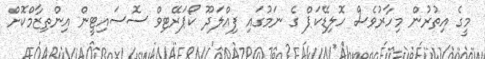
މީގެ އިތުރުން މިހާރުވެސް ހޮލިޑޭކަޕް ގެ ނަމުގައި ފިއްލަދޫ ކޯޕަރޭޓިވް ސޮސައިޓީން އިންތިޒާމްކޮށް